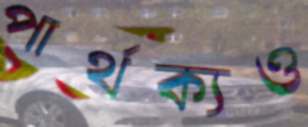
পার্থক্যও